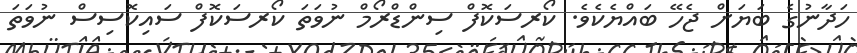
ހަދާނުގެ ބަޔަށް ޖެހޭ ބައްޔެކެވެ. ކޯރސަކޮފް ސިންޑްރޯމް ނުވަތަ ކޯރސަކޮފް ސައިކޮސިސް ނުވަތަ